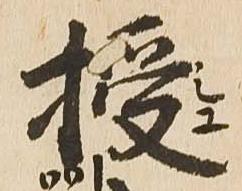
授